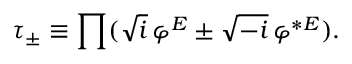
\tau _ { \pm } \equiv \prod ( \sqrt { i } \, \varphi ^ { E } \pm \sqrt { - i } \, \varphi ^ { * E } ) .